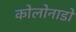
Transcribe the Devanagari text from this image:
कोलोनाडो